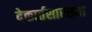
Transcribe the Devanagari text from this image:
देकार्तसारख्या